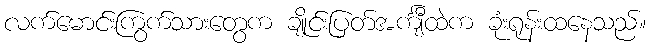
လက်မောင်းကြွက်သားတွေက ချိုင်းပြတ်အင်္ကျီထဲက ခုံးရုန်းထနေသည်။